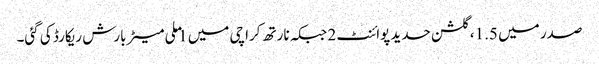
صدر میں 1.5، گلشن حدید پوائنٹ 2 جبکہ نارتھ کراچی میں 1 ملی میٹر بارش ریکارڈ کی گئی۔